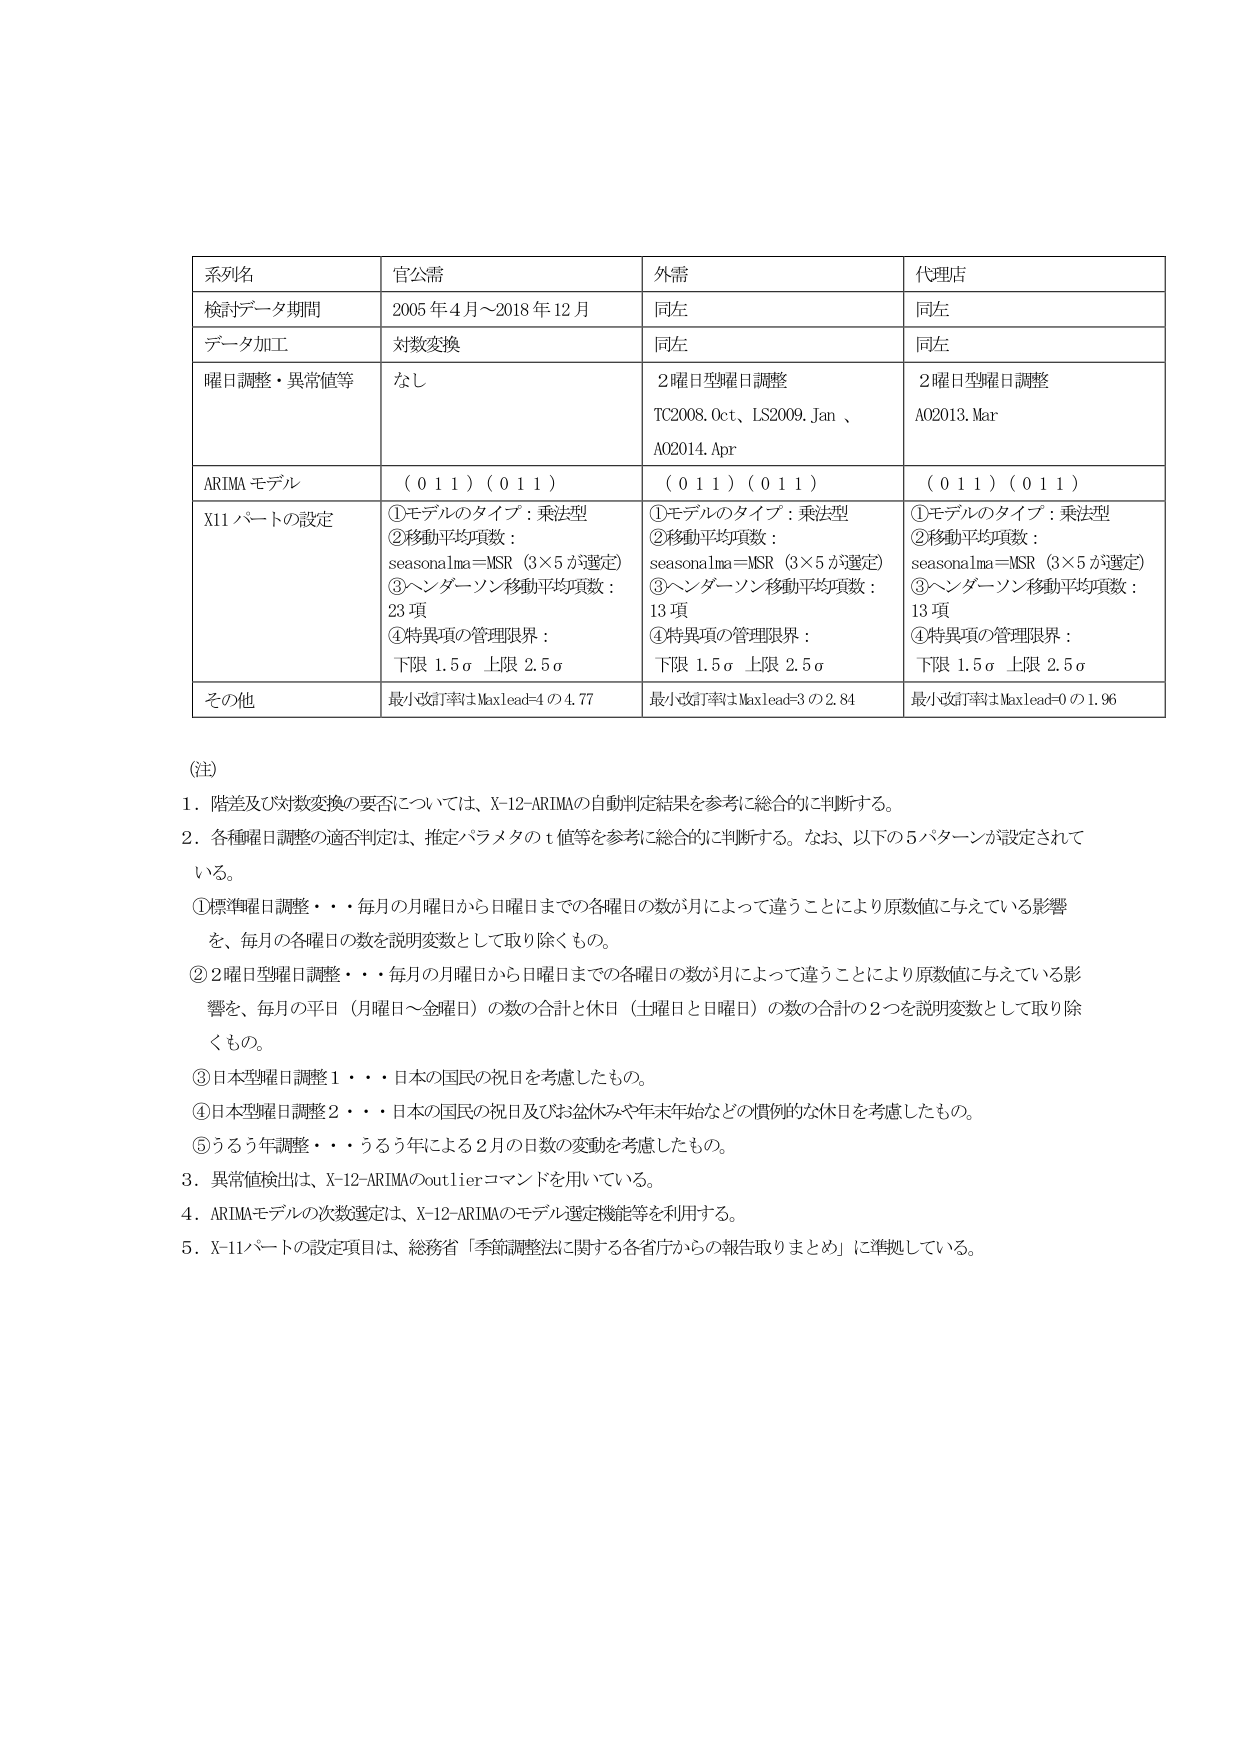
系列名 官公需 外需 代理店
検討データ期間 2005 年 4 月～2018 年 12 月 同左 同左
データ加工 対数変換 同左 同左
曜日調整・異常値等 なし 2曜日型曜日調整 TC2008.Oct、LS2009.Jan、A02014.Apr 2曜日型曜日調整 A02013.Mar
ARIMA モデル ( 0 1 1 ) ( 0 1 1 ) ( 0 1 1 ) ( 0 1 1 ) ( 0 1 1 ) ( 0 1 1 )
X11 パートの設定 ①モデルのタイプ：乗法型 ②移動平均項数： seasonalma＝MSR（3×5 が選定） ③ヘンダーソン移動平均項数： 23 項 ④特異項の管理限界： 下限 1.5σ 上限 2.5σ ①モデルのタイプ：乗法型 ②移動平均項数： seasonalma＝MSR（3×5 が選定） ③ヘンダーソン移動平均項数： 13 項 ④特異項の管理限界： 下限 1.5σ 上限 2.5σ ①モデルのタイプ：乗法型 ②移動平均項数： seasonalma＝MSR（3×5 が選定） ③ヘンダーソン移動平均項数： 13 項 ④特異項の管理限界： 下限 1.5σ 上限 2.5σ
その他 最小改訂率は Maxlead=4 の 4.77 最小改訂率は Maxlead=3 の 2.84 最小改訂率は Maxlead=0 の 1.96

(注)
1. 階差及び対数変換の要否については、X-12-ARIMAの自動判定結果を参考に総合的に判断する。
2. 各種曜日調整の適否判定は、推定パラメタの t 値等を参考に総合的に判断する。なお、以下の5パターンが設定されている。
①標準曜日調整・・・毎月の月曜日から日曜日までの各曜日の数が月によって違うことにより原数値に与えている影響を、毎月の各曜日の数を説明変数として取り除くもの。
②2曜日型曜日調整・・・毎月の月曜日から日曜日までの各曜日の数が月によって違うことにより原数値に与えている影響を、毎月の平日（月曜日～金曜日）の数の合計と休日（土曜日と日曜日）の数の合計の2つを説明変数として取り除くもの。
③日本型曜日調整1・・・日本の国民の祝日を考慮したもの。
④日本型曜日調整2・・・日本の国民の祝日及びお盆休みや年末年始などの慣例的な休日を考慮したもの。
⑤うるう年調整・・・うるう年による2月の日数の変動を考慮したもの。
3. 異常値検出は、X-12-ARIMAのoutlierコマンドを用いている。
4. ARIMAモデルの次数選定は、X-12-ARIMAのモデル選定機能等を利用する。
5. X-11パートの設定項目は、総務省「季節調整法に関する各省庁からの報告取りまとめ」に準拠している。